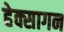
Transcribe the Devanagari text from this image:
हेक्सागन